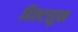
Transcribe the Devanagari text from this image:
हिल्टसुक